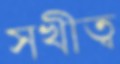
সখীত্ব